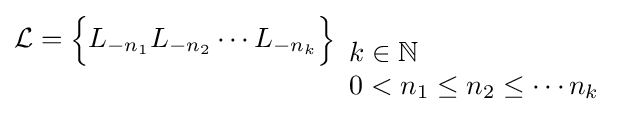
{\mathcal {L}}={\Big \{}L_{-n_{1}}L_{-n_{2}}\cdots L_{-n_{k}}{\Big \}}_{\begin{array}{l}k\in \mathbb {N} \\0<n_{1}\leq n_{2}\leq \cdots n_{k}\end{array}}